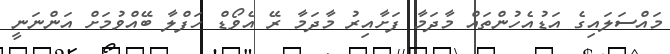
މައްސަލައިގެ އަޑުއެހުންތައް މާދަމާ ފަށާއިރު މާދަމާ ރޭ އެވޯޑް ހަފްލާ ބޭއްވުމަށް އަންނަނީ